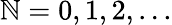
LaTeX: {\mathbb{N}=0,1,2,...}